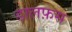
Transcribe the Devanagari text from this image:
डालफ़स